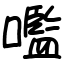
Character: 嚂